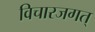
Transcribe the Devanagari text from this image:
विचारजगत्